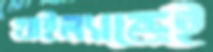
থাইল্যান্ডেই